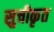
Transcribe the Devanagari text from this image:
सुचीकृत